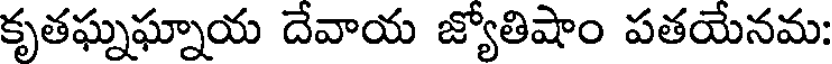
కృతఘ్నఘ్నాయ దేవాయ జ్యోతిషాం పతయేనమ: